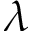
\lambda